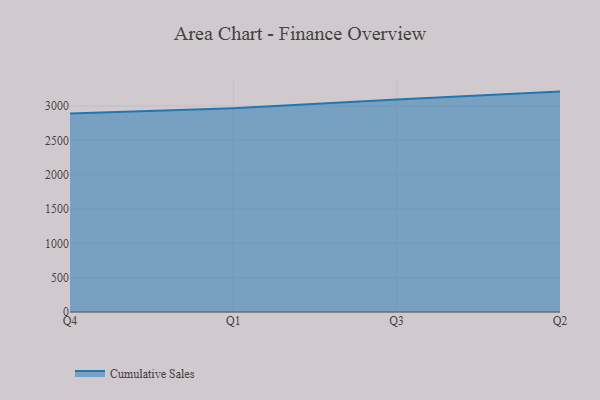
{"axis": {"x": "Quarter", "y": "Website Visitors"}, "legend": ["Cumulative Sales"], "data": [{"x": "Q4", "y": 2890.4, "type": "Cumulative Sales"}, {"x": "Q1", "y": 2968.2, "type": "Cumulative Sales"}, {"x": "Q3", "y": 3094.1, "type": "Cumulative Sales"}, {"x": "Q2", "y": 3209.6, "type": "Cumulative Sales"}]}